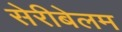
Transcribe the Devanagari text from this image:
सेरीबेलम